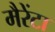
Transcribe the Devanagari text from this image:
मैरेंटा